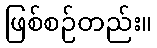
ဖြစ်စဉ်တည်း။